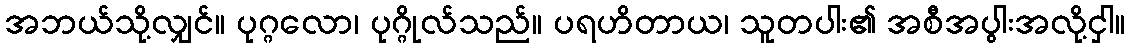
အဘယ်သို့လျှင်။ ပုဂ္ဂလော၊ ပုဂ္ဂိုလ်သည်။ ပရဟိတာယ၊ သူတပါး၏ အစီအပွါးအလို့ငှါ။